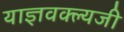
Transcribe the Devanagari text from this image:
याज्ञवक्ल्यजी